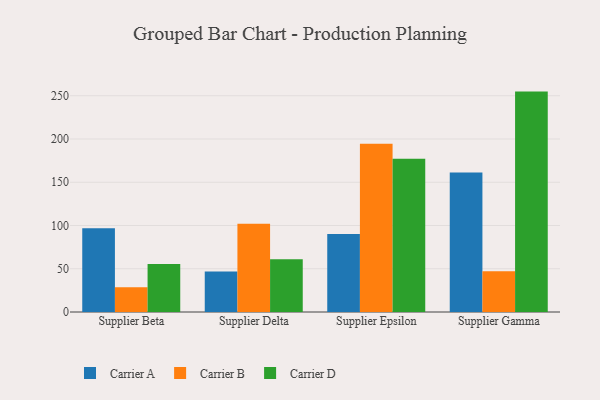
{"axis": {"x": "Supplier", "y": "Inventory Turnover"}, "legend": ["Carrier A", "Carrier B", "Carrier D"], "data": [{"x": "Supplier Beta", "y": 96.9, "type": "Carrier A"}, {"x": "Supplier Beta", "y": 28.6, "type": "Carrier B"}, {"x": "Supplier Beta", "y": 55.6, "type": "Carrier D"}, {"x": "Supplier Delta", "y": 46.7, "type": "Carrier A"}, {"x": "Supplier Delta", "y": 101.9, "type": "Carrier B"}, {"x": "Supplier Delta", "y": 60.9, "type": "Carrier D"}, {"x": "Supplier Epsilon", "y": 90.3, "type": "Carrier A"}, {"x": "Supplier Epsilon", "y": 194.4, "type": "Carrier B"}, {"x": "Supplier Epsilon", "y": 177.2, "type": "Carrier D"}, {"x": "Supplier Gamma", "y": 161.3, "type": "Carrier A"}, {"x": "Supplier Gamma", "y": 47.2, "type": "Carrier B"}, {"x": "Supplier Gamma", "y": 254.8, "type": "Carrier D"}]}